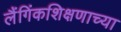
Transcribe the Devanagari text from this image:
लैंगिंकशिक्षणाच्या